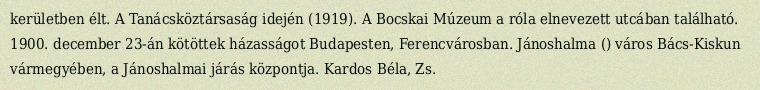
kerületben élt. A Tanácsköztársaság idején (1919). A Bocskai Múzeum a róla elnevezett utcában található. 1900. december 23-án kötöttek házasságot Budapesten, Ferencvárosban. Jánoshalma () város Bács-Kiskun vármegyében, a Jánoshalmai járás központja. Kardos Béla, Zs.